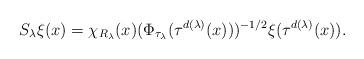
LaTeX: \begin{align*}S_\lambda\xi(x)=\chi_{R_\lambda}(x)(\Phi_{\tau_\lambda}(\tau^{d(\lambda)}(x)))^{-1/2} \xi(\tau^{d(\lambda)}(x)).\end{align*}